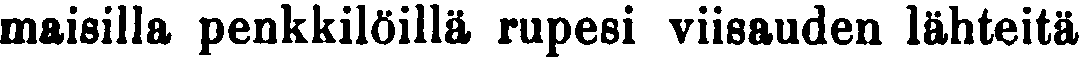
maisilla penkkiloillä rupesi viisauden lähteitä